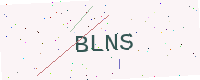
Text: BLNS